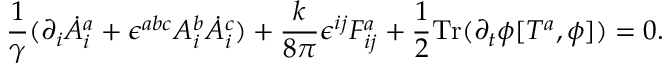
\frac { 1 } { \gamma } ( \partial _ { i } \dot { A } _ { i } ^ { a } + \epsilon ^ { a b c } A _ { i } ^ { b } \dot { A } _ { i } ^ { c } ) + \frac { k } { 8 \pi } \epsilon ^ { i j } F _ { i j } ^ { a } + \frac { 1 } { 2 } \mathrm { T r } ( \partial _ { t } \phi [ T ^ { a } , \phi ] ) = 0 .